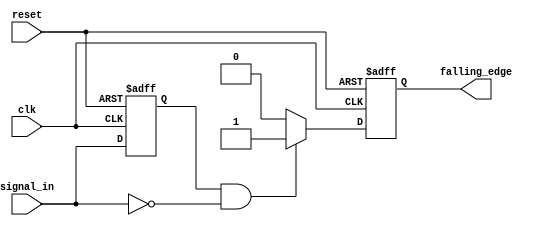
module falling_edge_detector (
    input wire clk,               // Clock input
    input wire reset,             // Asynchronous reset
    input wire signal_in,         // Input signal to detect falling edge
    output reg falling_edge       // Output signal indicating falling edge
);

// Internal signal to store the previous state of the input signal
reg signal_in_prev;

// Always block to detect falling edge
always @(posedge clk or posedge reset) begin
    if (reset) begin
        // Reset condition
        signal_in_prev <= 1'b0;   // Initialize previous state
        falling_edge <= 1'b0;      // Initialize output
    end else begin
        // Store the current state of the input signal
        signal_in_prev <= signal_in;

        // Falling edge detection logic
        if (signal_in_prev == 1'b1 && signal_in == 1'b0) begin
            falling_edge <= 1'b1;   // Set output high on falling edge
        end else begin
            falling_edge <= 1'b0;   // Reset output
        end
    end
end

endmodule